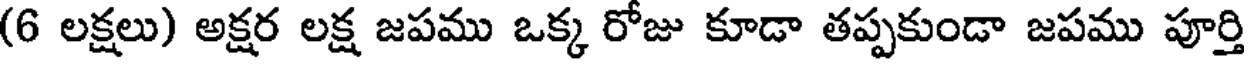
(6 లక్షలు) అక్షర లక్ష జపము ఒక్క రోజు కూడా తప్పకుండా జపము పూర్తి